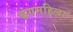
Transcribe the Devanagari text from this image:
बंगमहिला